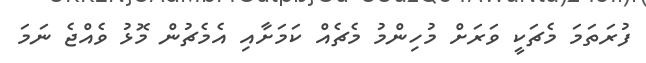
ފުރަތަމަ މެޗަކީ ވަރަށް މުހިންމު މެޗެއް ކަމަށާއި އެމެޗުން މޮޅު ވެއްޖެ ނަމަ